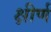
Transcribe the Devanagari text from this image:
क्षीर्ण